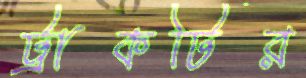
ট্রাকটির